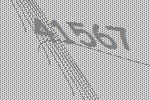
41567